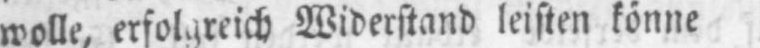
Widerstand leisten könne